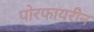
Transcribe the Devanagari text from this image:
पोरफायरीन